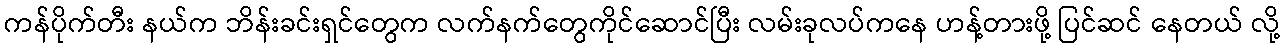
ကန်ပိုက်တီး နယ်က ဘိန်းခင်းရှင်တွေက လက်နက်တွေကိုင်ဆောင်ပြီး လမ်းခုလပ်ကနေ ဟန့်တားဖို့ ပြင်ဆင် နေတယ် လို့